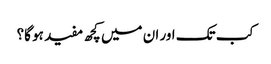
کب تک اور ان میں کچھ مفید ہو گا؟